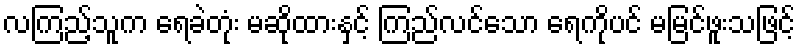
လကြည့်သူက ရေခဲတုံး မဆိုထားနှင့် ကြည်လင်သော ရေကိုပင် မမြင်ဖူးသဖြင့်